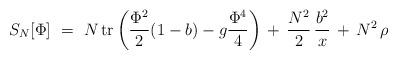
LaTeX: \begin{align*}S_N[\Phi]\ =\ N\,{\rm tr}\left({\Phi^2\over 2}(1-b)-g{\Phi^4\over 4}\right)\,+\,{N^2\over 2}\,{b^2\over x}\,+\,N^2\,\rho\end{align*}